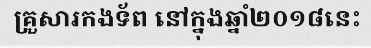
គ្រួសារកងទ័ព នៅក្នុងឆ្នាំ២០១៨នេះ